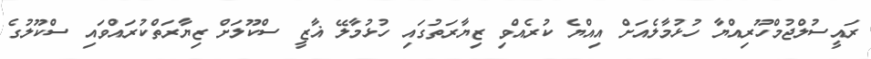
ރައީސުލްޖުމްހޫރިއްޔާ ހުޅުމާލެއަށް އިއްޔެ ކުރެއްވި ޒިޔާރަތުގައި ހުޅުމާލޭ ޣާޒީ ސްކޫލަށް ޒިޔާރަތްކުރައްވައި ސްކޫލުގެ